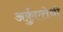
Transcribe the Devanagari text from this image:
अर्क़ुएत्तेथी